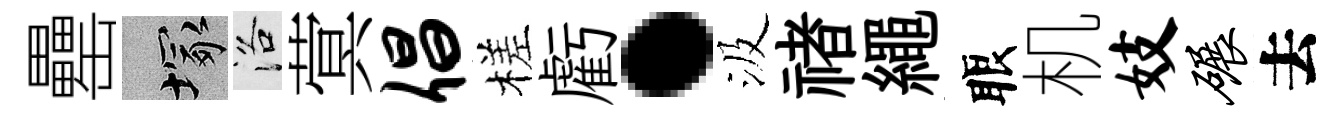
罍塚洛蓂倡槎虧·汲禇繩眼机妓碾去